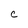
Character: C